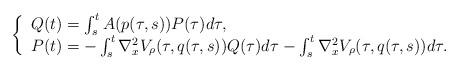
LaTeX: \begin{align*}\left\{\begin{array}{l}Q(t)=\int_s^t A(p(\tau,s))P(\tau) d\tau , \\P(t)=-\int_s^t \nabla_x^2 V_\rho(\tau,q(\tau,s))Q(\tau) d\tau -\int_s^t \nabla_x^2 V_\rho(\tau,q(\tau,s)) d\tau.\end{array}\right.\end{align*}